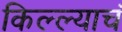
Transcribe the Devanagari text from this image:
किल्ल्याचं